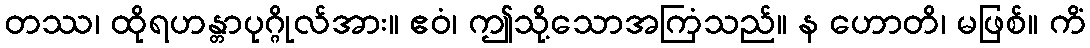
တဿ၊ ထိုရဟန္တာပုဂ္ဂိုလ်အား။ ဧဝံ၊ ဤသို့သောအကြံသည်။ န ဟောတိ၊ မဖြစ်။ ကိံ